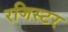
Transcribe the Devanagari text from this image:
रजिस्टर